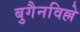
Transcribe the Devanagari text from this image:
बुगैनविल्ले